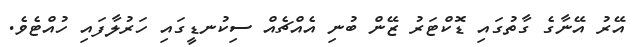
އޭރު އޭނާގެ ގާތުގައި ޑޮކްޓަރު ޒޭން ބުނި އެއްޗެއް ސިކުނޑީގައި ހަރުލާފައި ހުއްޓެވެ.